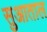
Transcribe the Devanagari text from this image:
सुआताल